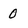
Character: 0